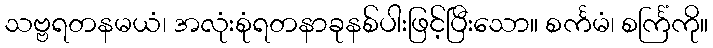
သဗ္ဗရတနမယံ၊ အလုံးစုံရတနာခုနစ်ပါးဖြင့်ပြီးသော။ စင်္ကမံ၊ စင်္ကြံကို။